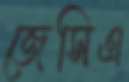
জেসিএ